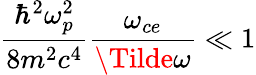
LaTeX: \frac{\hbar^{2}\omega_{p}^{2}}{8m^{2}c^{4}}\frac{\omega_{ce}}{\Tilde{\omega}}\ll 1